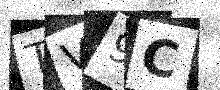
Text: TV9C